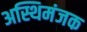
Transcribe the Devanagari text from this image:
अस्थिमंजक